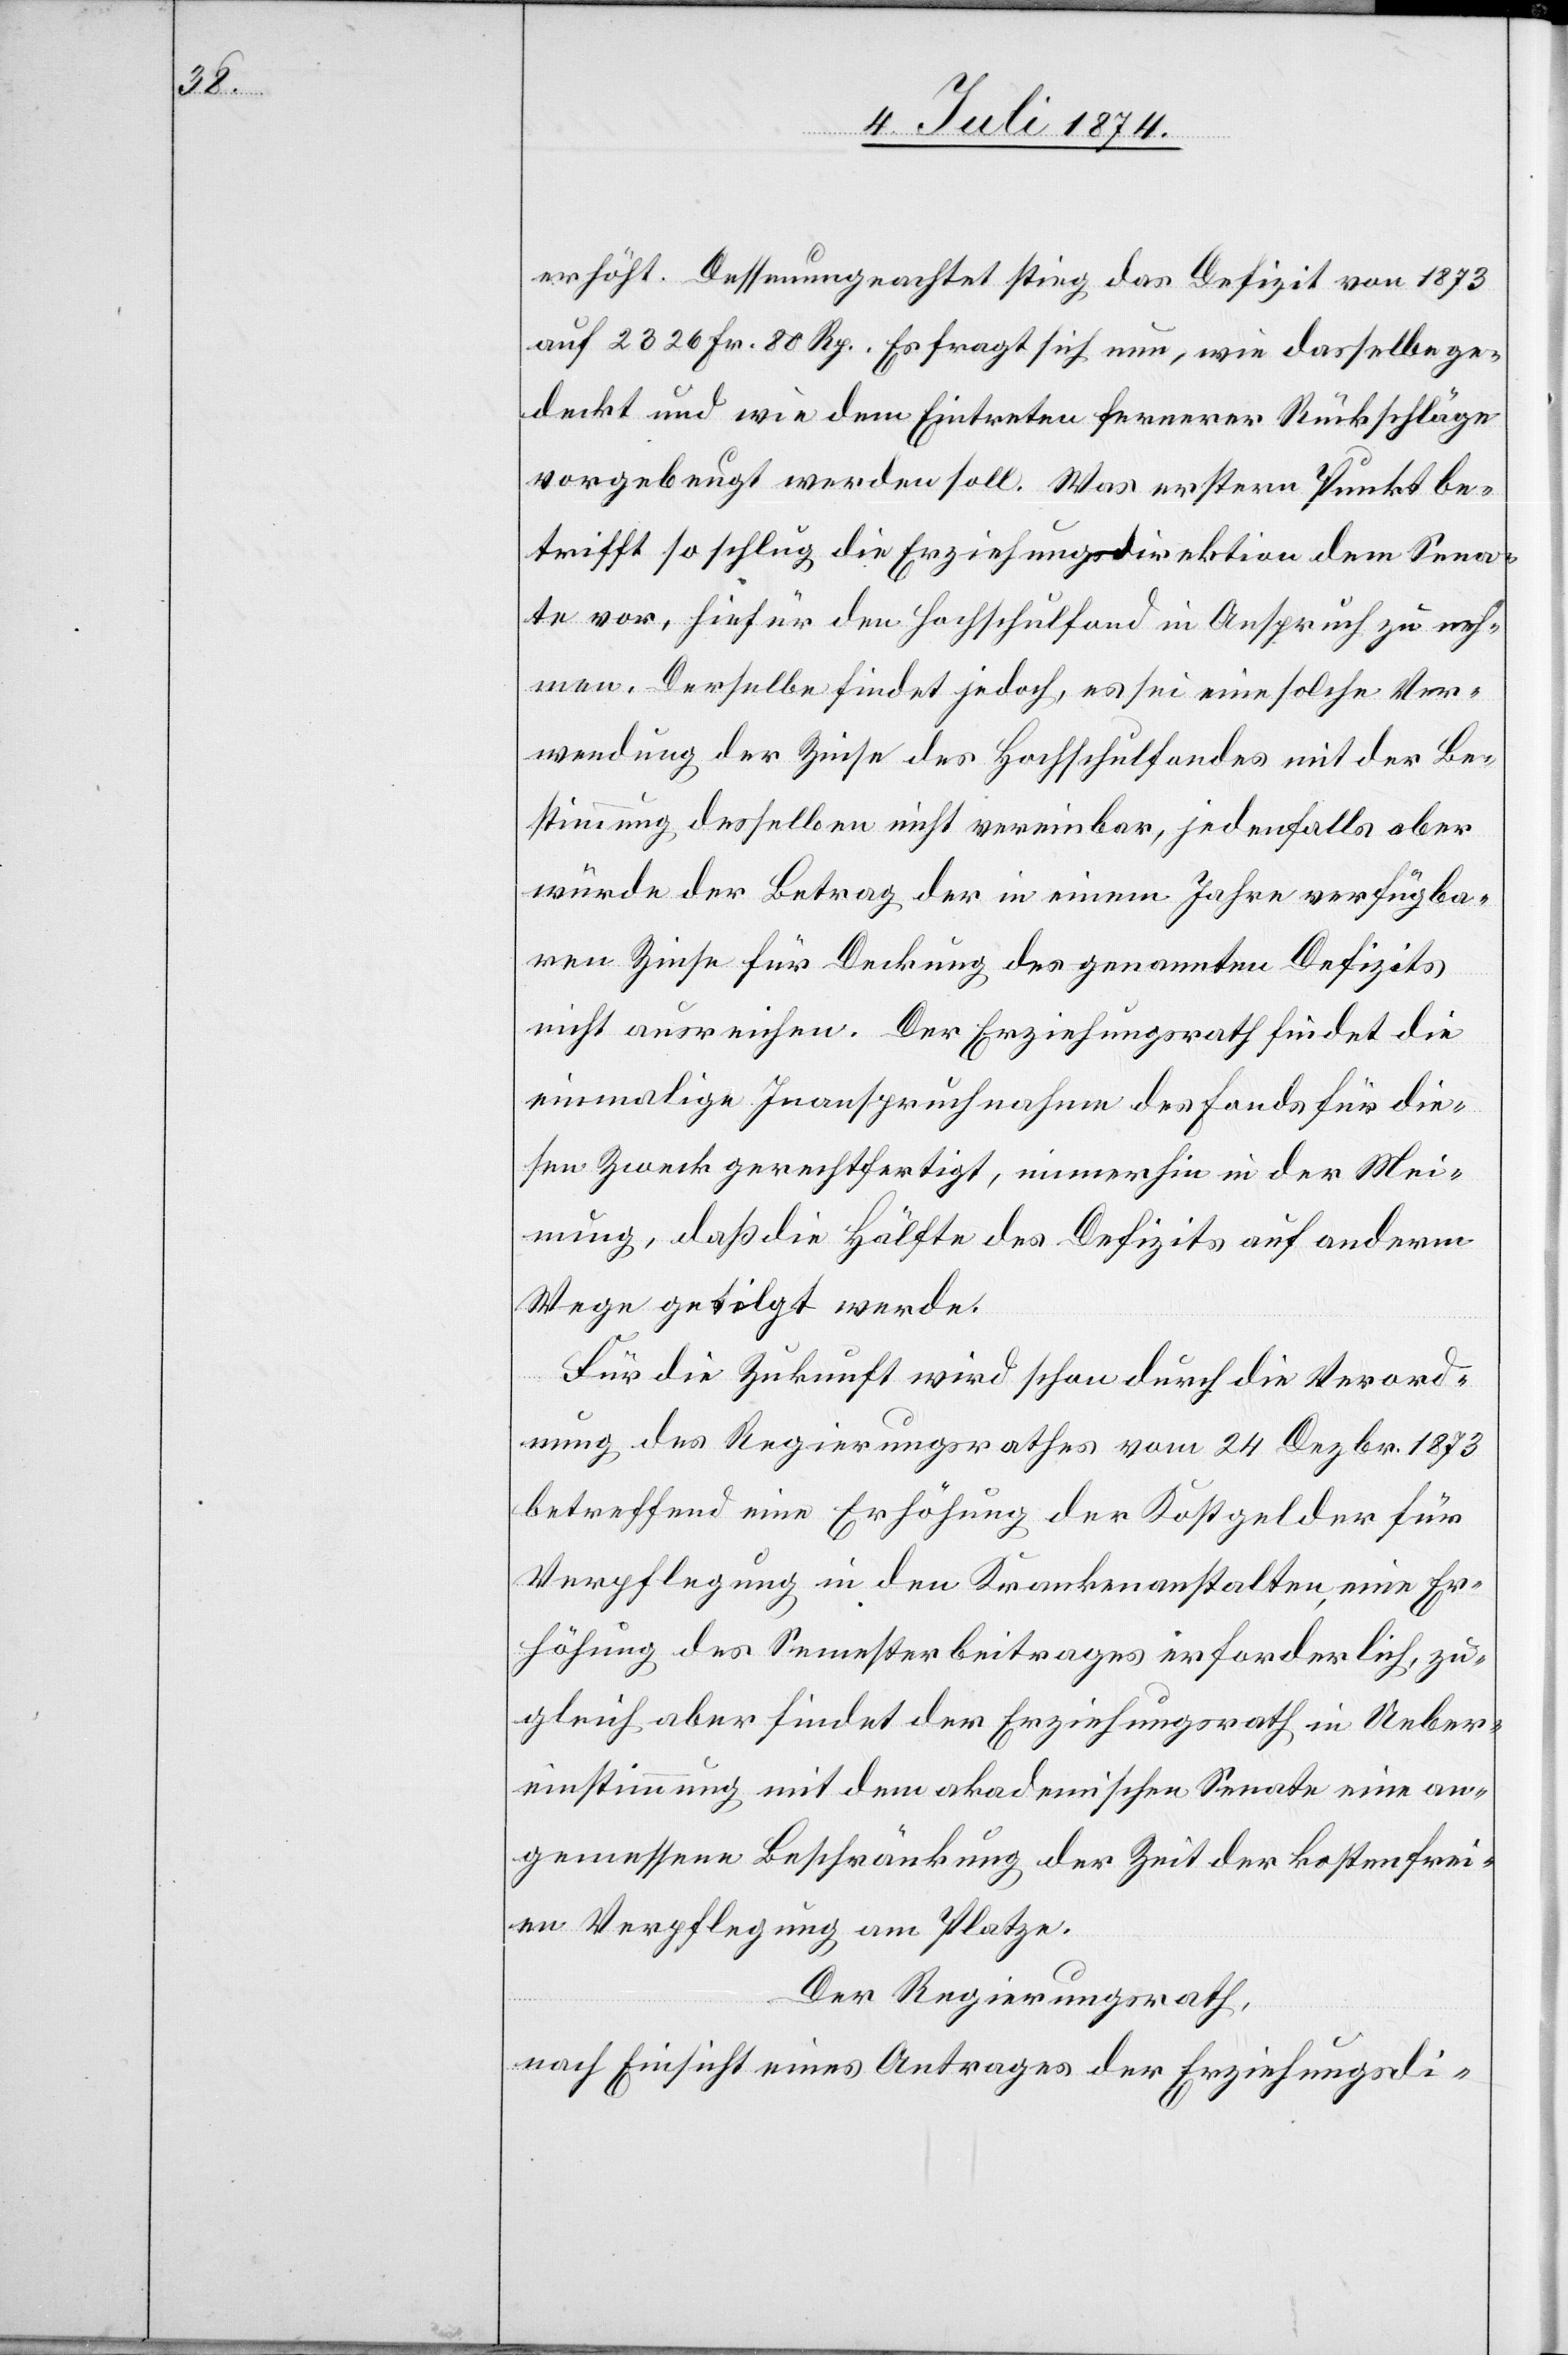
erhöht. Dessenungeachtet stieg das Defizit von 1873
auf 2326 Fr. 80 Rp. Es fragt sich nun, wie dasselbe ge¬
deckt und wie dem Eintreten fernerer Rückschläge
vorgebeugt werden soll. Was erstern Punkt be¬
trifft[,] so schlug die Erziehungsdirektion dem Sena¬
te vor, hiefür den Hochschulfond in Anspruch zu neh¬
men. Derselbe findet jedoch, es sei eine solche Ver¬
wendung der Zinse des Hochschulfondes mit der Be¬
stimmung desselben nicht vereinbar, jedenfalls aber
würde der Betrag der in einem Jahre verfügba¬
ren Zinse für Deckung des genannten Defizits
nicht ausreichen. Der Erziehungsrath findet die
einmalige Inanspruchnahme des Fonds für die¬
sen Zweck gerechtfertigt, immerhin der Mei¬
nung, daß die Hälfte des Defizits auf anderm
Wege getilgt werde.
Für die Zukunft wird schon durch die Verord¬
nung des Regierungsrathes vom 24. Dezbr. 1873
betreffend eine Erhöhung der Kostgelder für
Verpflegung in den Krankenanstalten eine Er¬
höhung des Semesterbeitrages erforderlich, zu¬
gleich aber findet der Erziehungsrath in Ueber¬
einstimmung mit dem akademischen Senate eine an¬
gemessene Beschränkung der Zeit der kostenfrei¬
en Verpflegung am Platze.
Der Regierungsrath,
nach Einsicht eines Antrages der Erziehungsdi-